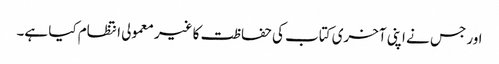
اور جس نے اپنی آخری کتاب کی حفاظت کا غیر معمولی انتظام کیا ہے۔